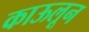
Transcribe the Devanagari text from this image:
काऊलून